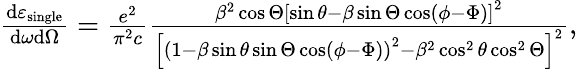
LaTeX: \begin{array}{r}{\frac{\mathrm{d}\varepsilon_{\mathrm{single}}}{\mathrm{d}\omega\mathrm{d}\Omega}=\frac{e^{2}}{\pi^{2}c}\frac{\beta^{2}\cos\Theta\left[\sin\theta-\beta\sin\Theta\cos\left(\phi-\Phi\right)\right]^{2}}{\left[\left(1-\beta\sin\theta\sin\Theta\cos\left(\phi-\Phi\right)\right)^{2}-\beta^{2}\cos^{2}\theta\cos^{2}\Theta\right]^{2}},}\end{array}